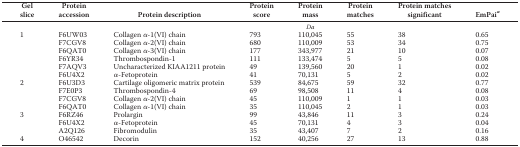
<table><thead><tr><td><b>Gel slice</b></td><td><b>Protein accession</b></td><td><b>Protein description</b></td><td><b>Protein score</b></td><td><b>Protein mass</b></td><td><b>Protein matches</b></td><td><b>Protein matches significant</b></td><td><b>EmPai<i><sup>a</sup></i></b></td></tr></thead><tbody><tr><td>[EMPTY_CELL]</td><td>[EMPTY_CELL]</td><td>[EMPTY_CELL]</td><td>[EMPTY_CELL]</td><td><i>Da</i></td><td>[EMPTY_CELL]</td><td>[EMPTY_CELL]</td><td>[EMPTY_CELL]</td></tr><tr><td rowspan="6">1</td><td>F6UW03</td><td>Collagen α-1(VI) chain</td><td>793</td><td>110,045</td><td>55</td><td>38</td><td>0.65</td></tr><tr><td>F7CGV8</td><td>Collagen α-2(VI) chain</td><td>680</td><td>110,009</td><td>53</td><td>34</td><td>0.75</td></tr><tr><td>F6QAT0</td><td>Collagen α-3(VI) chain</td><td>177</td><td>343,977</td><td>21</td><td>10</td><td>0.07</td></tr><tr><td>F6YR34</td><td>Thrombospondin-1</td><td>111</td><td>133,474</td><td>5</td><td>5</td><td>0.08</td></tr><tr><td>F7AQV3</td><td>Uncharacterized KIAA1211 protein</td><td>49</td><td>139,560</td><td>20</td><td>1</td><td>0.02</td></tr><tr><td>F6U4X2</td><td>α-Fetoprotein</td><td>41</td><td>70,131</td><td>5</td><td>2</td><td>0.02</td></tr><tr><td rowspan="4">2</td><td>F6U3D3</td><td>Cartilage oligomeric matrix protein</td><td>539</td><td>84,675</td><td>59</td><td>32</td><td>0.77</td></tr><tr><td>F7E0P3</td><td>Thrombospondin-4</td><td>69</td><td>98,508</td><td>11</td><td>4</td><td>0.08</td></tr><tr><td>F7CGV8</td><td>Collagen α-2(VI) chain</td><td>45</td><td>110,009</td><td>1</td><td>1</td><td>0.03</td></tr><tr><td>F6QAT0</td><td>Collagen α-1(VI) chain</td><td>35</td><td>110,045</td><td>2</td><td>1</td><td>0.03</td></tr><tr><td rowspan="3">3</td><td>F6RZ46</td><td>Prolargin</td><td>99</td><td>43,846</td><td>11</td><td>3</td><td>0.24</td></tr><tr><td>F6U4X2</td><td>α-Fetoprotein</td><td>45</td><td>70,131</td><td>4</td><td>3</td><td>0.04</td></tr><tr><td>A2Q126</td><td>Fibromodulin</td><td>35</td><td>43,407</td><td>7</td><td>2</td><td>0.16</td></tr><tr><td>4</td><td>O46542</td><td>Decorin</td><td>152</td><td>40,256</td><td>27</td><td>13</td><td>0.88</td></tr></tbody></table>